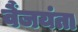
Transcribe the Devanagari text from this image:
वैंजयंता